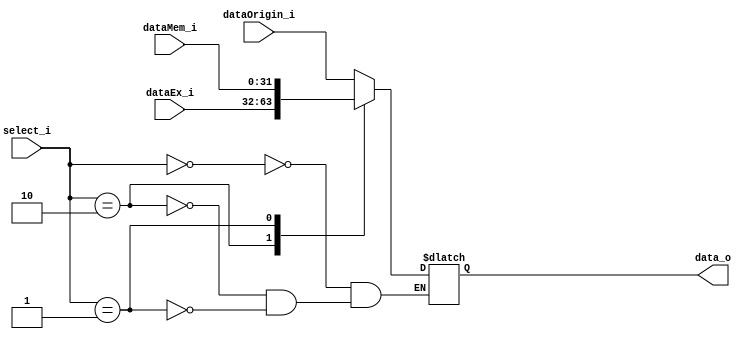
module EX_MUX(
	dataOrigin_i,      
    dataEx_i,
    dataMem_i,
    select_i,
    data_o
);

input	[31:0]	dataOrigin_i;
input	[31:0]	dataEx_i;
input	[31:0]	dataMem_i;
input	[1:0]	select_i;
output	[31:0]	data_o;

reg		[31:0]	data_o;

always@(select_i or dataOrigin_i or dataEx_i or dataMem_i) begin
	case(select_i)
		2'b00: data_o = dataOrigin_i;
		2'b10: data_o = dataEx_i;
		2'b01: data_o = dataMem_i;
	endcase
end


endmodule